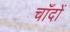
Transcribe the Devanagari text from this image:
चाँदों